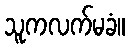
သူကလက်မခံ။